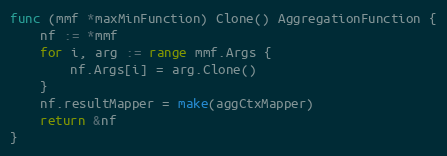
Language: Go
func (mmf *maxMinFunction) Clone() AggregationFunction {
	nf := *mmf
	for i, arg := range mmf.Args {
		nf.Args[i] = arg.Clone()
	}
	nf.resultMapper = make(aggCtxMapper)
	return &nf
}